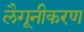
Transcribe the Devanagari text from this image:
लैगूनीकरण